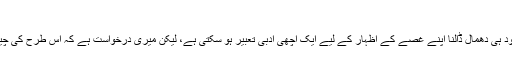
سمیع علی
اپنی قوالی پر خود ہی دھمال ڈالنا اپنے غصے کے اظہار کے لیے ایک اچھی ادبی تعبیر ہو سکتی ہے، لیکن میری درخواست ہے کہ اس طرح کی چیزوں سے بچیں۔